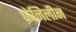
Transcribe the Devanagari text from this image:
फ़ेनिलीन